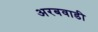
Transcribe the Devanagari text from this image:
अरबवाडी